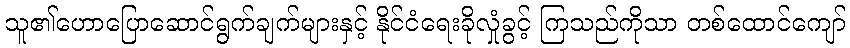
သူ၏ဟောပြောဆောင်ရွက်ချက်များနှင့် နိုင်ငံရေးခိုလှုံခွင့် ကြသည်ကိုသာ တစ်ထောင်ကျော်